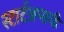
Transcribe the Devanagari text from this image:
स्टार्टअप्सची